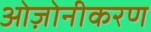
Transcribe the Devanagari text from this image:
ओज़ोनीकरण